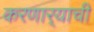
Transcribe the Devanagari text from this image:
करणार्‍याची